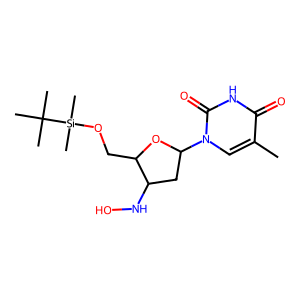
SMILES: Cc1cn(C2CC(NO)C(CO[Si](C)(C)C(C)(C)C)O2)c(=O)[nH]c1=O
Inhibits HIV replication: No